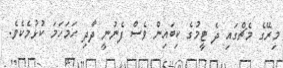
މިރޭގެ މެޗްގައި ދެ ޓީމުގެ ކިބައިން ވެސް ފެނުނީ ދާދި ހަމަހަމަ ކުޅުމެކެވެ.